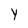
Character: y